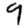
Digit: 9